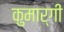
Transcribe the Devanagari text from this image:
कुमार्गी